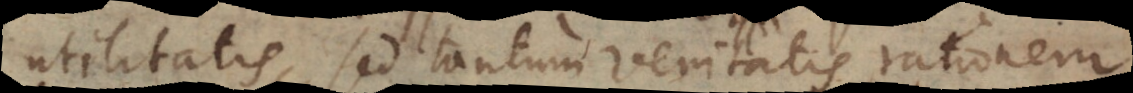
utilitatis, sed tantum veritatis rationem